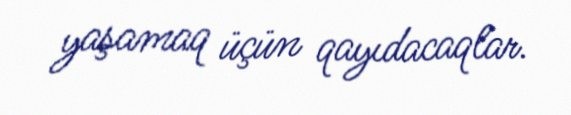
yaşamaq üçün qayıdacaqlar.